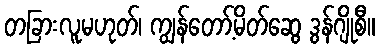
တခြားလူမဟုတ်၊ ကျွန်တော့်မိတ်ဆွေ ဒွန်ဂျိုစီ။